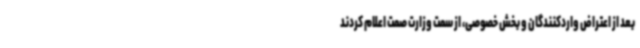
بعد از اعتراض واردکنندگان و بخش خصوصی، از سمت وزارت صمت اعلام کردند